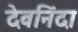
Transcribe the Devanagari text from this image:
देवनिंदा